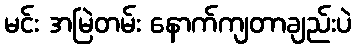
မင်း အမြဲတမ်း နောက်ကျတာချည်းပဲ